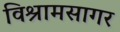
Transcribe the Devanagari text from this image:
विश्रामसागर